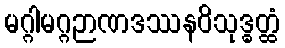
မဂ္ဂါမဂ္ဂဉာဏဒဿနဝိသုဒ္ဓတ္ထံ